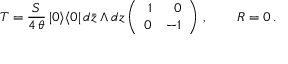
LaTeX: { \cal T } = \frac { S } { 4 \, \theta } \, | 0 \rangle \langle 0 | \, d \bar { z } \wedge d z \left( \begin{array} { r r } { { 1 } } & { { 0 } } \\ { { 0 } } & { { - 1 } } \end{array} \right) \, , \qquad { \cal R } = 0 \, .